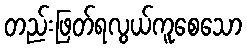
တည်းဖြတ်ရလွယ်ကူစေသော